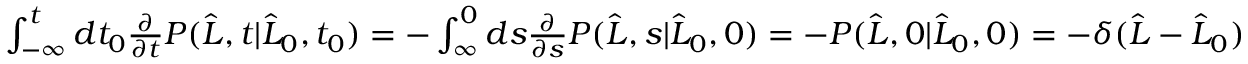
\begin{array} { r } { \int _ { - \infty } ^ { t } d t _ { 0 } \frac { \partial } { \partial t } P ( \widehat { L } , t | \widehat { L } _ { 0 } , t _ { 0 } ) = - \int _ { \infty } ^ { 0 } d s \frac { \partial } { \partial s } P ( \widehat { L } , s | \widehat { L } _ { 0 } , 0 ) = - P ( \widehat { L } , 0 | \widehat { L } _ { 0 } , 0 ) = - \delta ( \widehat { L } - \widehat { L } _ { 0 } ) } \end{array}